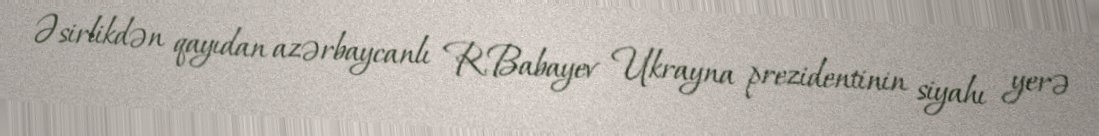
Əsirlikdən qayıdan azərbaycanlı R.Babayev Ukrayna prezidentinin siyahı yerə